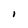
Character: I